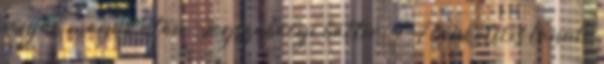
vonják maguk után. Jogszabályi háttér: 4 A tanköteles tanuló